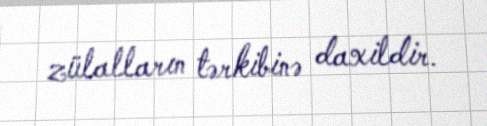
zülalların tərkibinə daxildir.